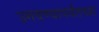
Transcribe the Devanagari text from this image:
उगवण्यापर्यंतच्या